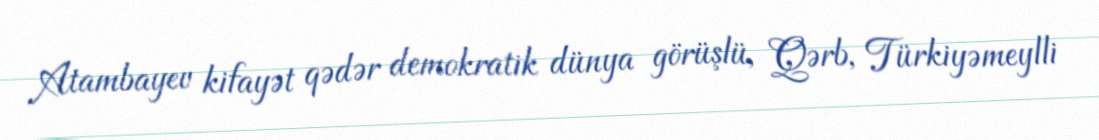
Atambayev kifayət qədər demokratik dünya görüşlü, Qərb, Türkiyəmeylli